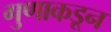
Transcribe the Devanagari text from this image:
गुणाकडून